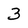
Character: 3